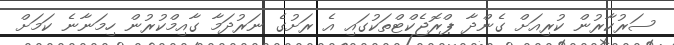
ސަރުކާރުން ކުރިއަށް ގެންދާ ޕްރޮޖެކްޓްތަކުގައި އެ ރަށުގެ ނަރުދަމާ ގާއިމްކުރުން ހިމަނާނެ ކަމަށް